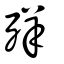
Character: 𦍙